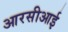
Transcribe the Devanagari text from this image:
आरसीआई